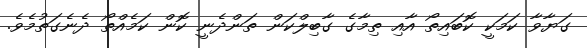
ގަޔާވާ ކަމަކީ ކޮބައިތޯ އާއި ތިމާގެ ގާބިލްކަން ތަންދެނީ ކޮން ކަމެއްތޯ ދެނެގަތުމެވެ.